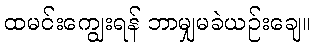
ထမင်းကျွေးရန် ဘာမျှမခဲယဉ်းချေ။